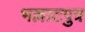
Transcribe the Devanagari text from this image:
भल्लाटपुत्र